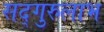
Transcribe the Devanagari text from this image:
सद्‌गुरुलाभ